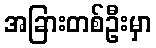
အခြားတစ်ဦးမှာ